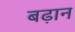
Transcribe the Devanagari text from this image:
बढ़ान